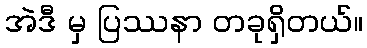
အဲဒီ မှ ပြဿနာ တခုရှိတယ်။